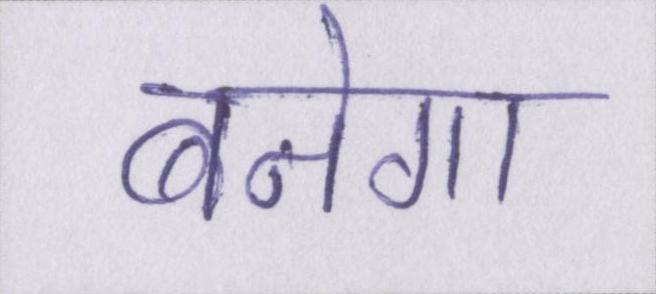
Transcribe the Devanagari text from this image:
बनेगा